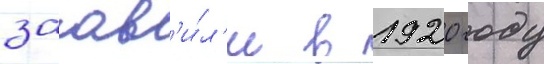
заав'и́л'и в 1920 году